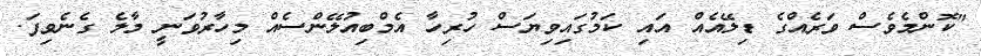
"ކޮންމެވެސް ވަރެއްގެ ޑިލޭއެއް އައި ކަމުގައިވިޔަސް ހުރިހާ އެމްބިއުލޭންސެއް މިހާރުވަނީ މާލެ ގެނެވިފަ.